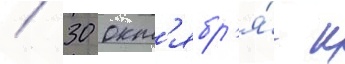
/ 30 окт'ябр'я́ к